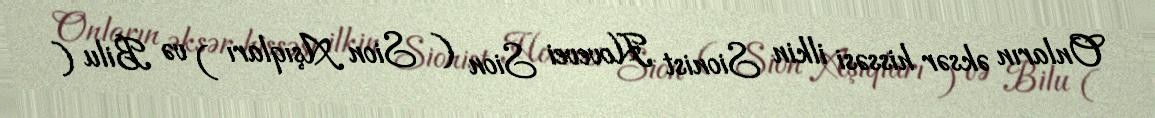
Onların əksər hissəsi ilkin Sionist Hovevei Sion ( Sion Aşıqları ) və Bilu (